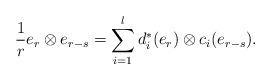
LaTeX: \begin{align*} \frac{1}{r}e_r\otimes e_{r-s}=\sum_{i=1}^l d_i^*(e_r)\otimes c_i(e_{r-s}).\end{align*}